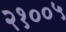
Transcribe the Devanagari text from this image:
२१००५